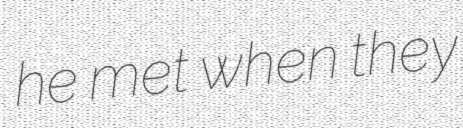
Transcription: he met when they